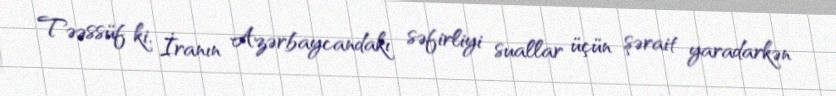
Təəssüf ki, İranın Azərbaycandakı səfirliyi suallar üçün şərait yaradarkən